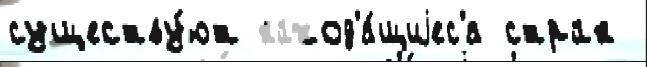
существу́ют наход'я́щиjес'я стран